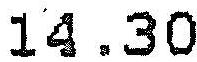
14.30